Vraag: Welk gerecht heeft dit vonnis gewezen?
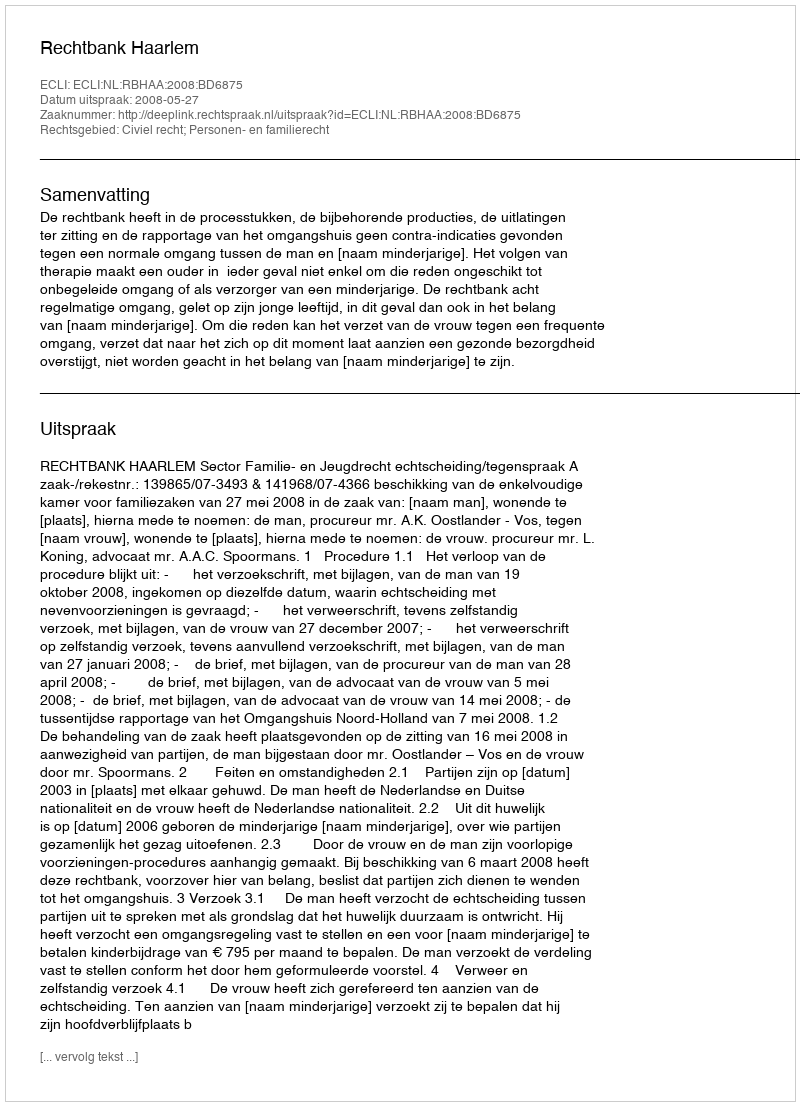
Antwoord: Rechtbank Haarlem